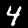
Label: 4